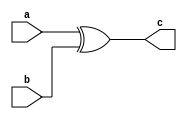
`timescale 1ns / 1ps
//////////////////////////////////////////////////////////////////////////////////
// Company: 
// Engineer: 
// 
// Design Name: 
// Module Name: xor_2
// Project Name: 
// Target Devices: 
// Tool Versions: 
// Description: 
// 
// Dependencies: 
// 
// Revision:
// Revision 0.01 - File Created
// Additional Comments:
// 
//////////////////////////////////////////////////////////////////////////////////


module xor_2(
    input a,b,
    output c
    );
assign c=a^b;
endmodule